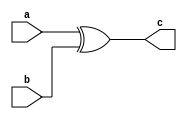
`timescale 1ns / 1ps
//////////////////////////////////////////////////////////////////////////////////
// Company: 
// Engineer: 
// 
// Design Name: 
// Module Name: xor_2
// Project Name: 
// Target Devices: 
// Tool Versions: 
// Description: 
// 
// Dependencies: 
// 
// Revision:
// Revision 0.01 - File Created
// Additional Comments:
// 
//////////////////////////////////////////////////////////////////////////////////


module xor_2(
    input a,b,
    output c
    );
assign c=a^b;
endmodule